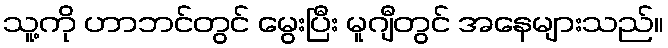
သူ့ကို ဟာဘင်တွင် မွေးပြီး မူဂျီတွင် အနေများသည်။